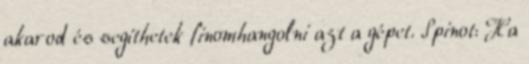
akarod és segíthetek finomhangolni azt a gépet. Spinot: Ha